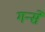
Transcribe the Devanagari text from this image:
गर्न्से